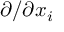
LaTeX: \partial / \partial x _ { i }